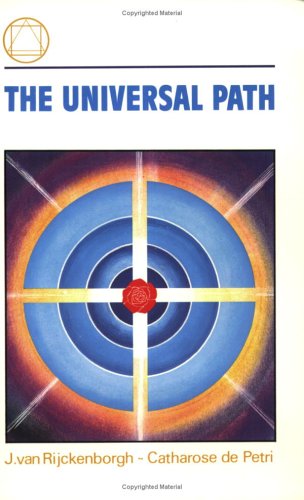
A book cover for The Universal Path; Catharose de Petri; Religion & Spirituality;